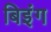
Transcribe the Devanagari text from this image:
बिइंग